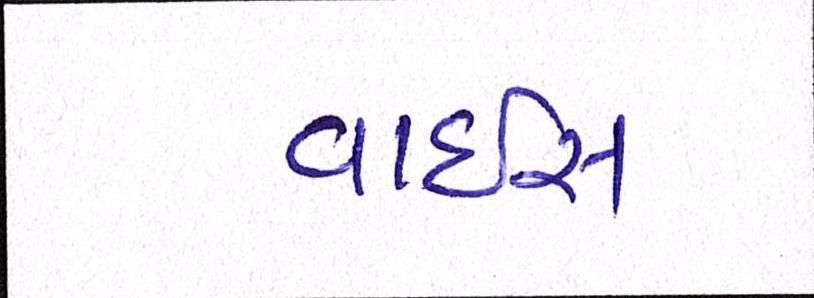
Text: વાઈસ